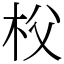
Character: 𣏤